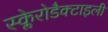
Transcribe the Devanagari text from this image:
स्क्लेरोडैक्टाइली